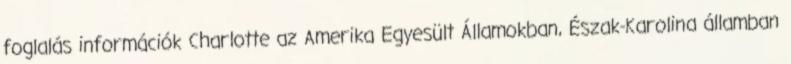
foglalás információk Charlotte az Amerika Egyesült Államokban, Észak-Karolina államban